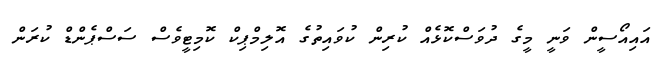
އައިއޯސީން ވަނީ މީގެ ދުވަސްކޮޅެއް ކުރިން ކުވައިތުގެ އޮލިމްޕިކް ކޮމިޓީވެސް ސަސްޕެންޑް ކުރަން